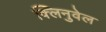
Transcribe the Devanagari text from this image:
क्लिनुवेल